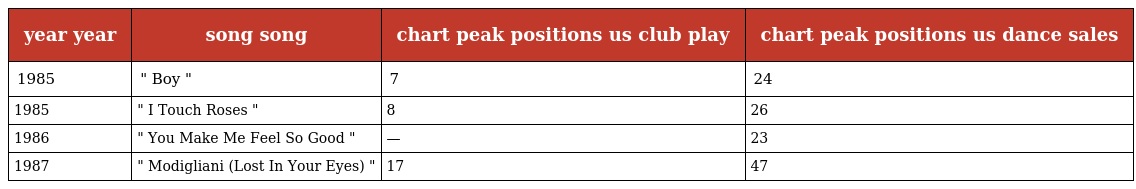
| year year | song song | chart peak positions us club play | chart peak positions us dance sales |
 | --- | --- | --- | --- |
 | 1985 | " Boy " | 7 | 24 |
 | 1985 | " I Touch Roses " | 8 | 26 |
 | 1986 | " You Make Me Feel So Good " | — | 23 |
 | 1987 | " Modigliani (Lost In Your Eyes) " | 17 | 47 |